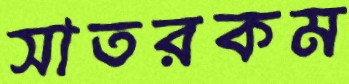
সাতরকম